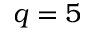
q = 5